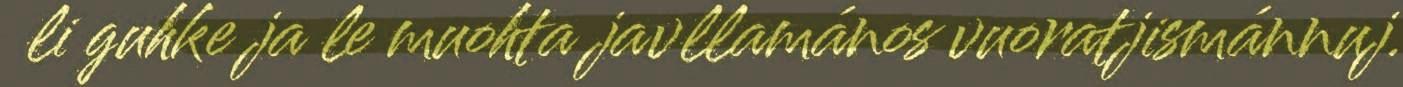
li guhke ja le muohta javllamános vuoratjismánnuj.